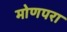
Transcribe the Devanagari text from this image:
मोणपरा